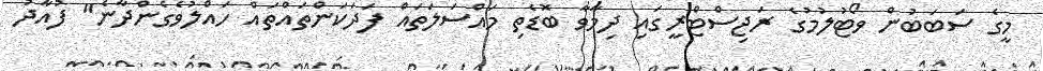
މީގެ ސަބަބުން ވޯޓުލުމުގެ ރަޖިސްޓްރީގައި ދިމާވާ ބޮޑެތި މައްސަލަތައް ފަދަކަންތައްތައް ހައްލުވެގެންދާނެ" ފުއާދު